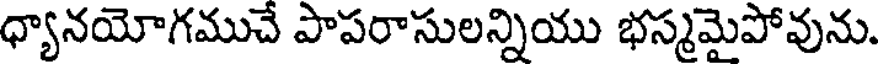
ధ్యానయోగముచే పాపరాసులన్నియు భస్మమైపోవును.